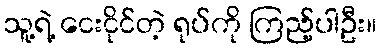
သူ့ရဲ့ ငေးငိုင်တဲ့ ရုပ်ကို ကြည့်ပါဦး။